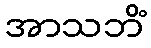
အာသဘိံ